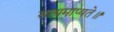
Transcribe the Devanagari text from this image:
सत्यमाप्यते॥